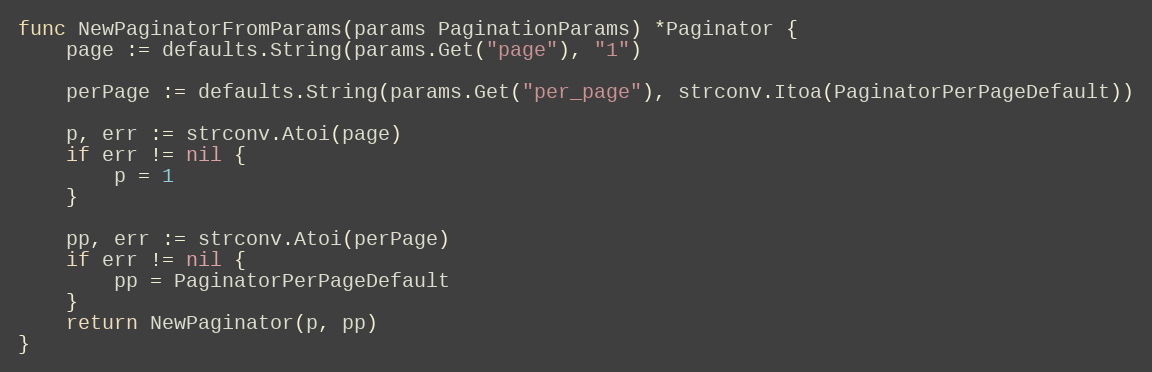
Language: Go
func NewPaginatorFromParams(params PaginationParams) *Paginator {
	page := defaults.String(params.Get("page"), "1")

	perPage := defaults.String(params.Get("per_page"), strconv.Itoa(PaginatorPerPageDefault))

	p, err := strconv.Atoi(page)
	if err != nil {
		p = 1
	}

	pp, err := strconv.Atoi(perPage)
	if err != nil {
		pp = PaginatorPerPageDefault
	}
	return NewPaginator(p, pp)
}